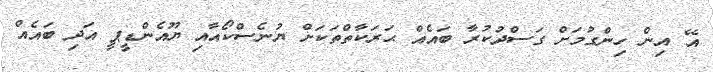
އޭ އިން ހިންގުމަށް ގަސްދުކުރާ ބައެއް ޙަރަކާތްތަކަށް ޔުނެސްކޯއާއި ޔޫއެންޑީޕީ އަދި ބައެއް